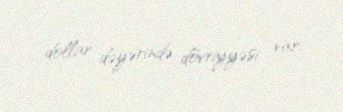
dollar dəyərində dövriyyəsi var.